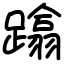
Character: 蹹